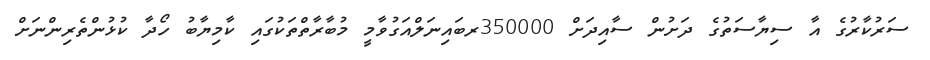
ސަރުކާރުގެ އާ ސިޔާސަތުގެ ދަށުން ސާއިދަށް 350000ރބައިނަލްއަގުވާމީ މުބާރާތްތަކުގައި ކާމިޔާބު ހޯދާ ކުޅުންތެރިންނަށް